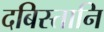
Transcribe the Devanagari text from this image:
दबिस्तानि